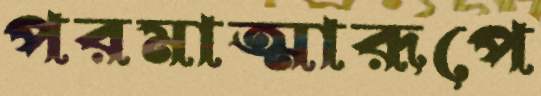
পরমাত্মারূপে